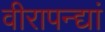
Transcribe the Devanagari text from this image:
वीरापन्द्यां